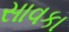
સાવકા